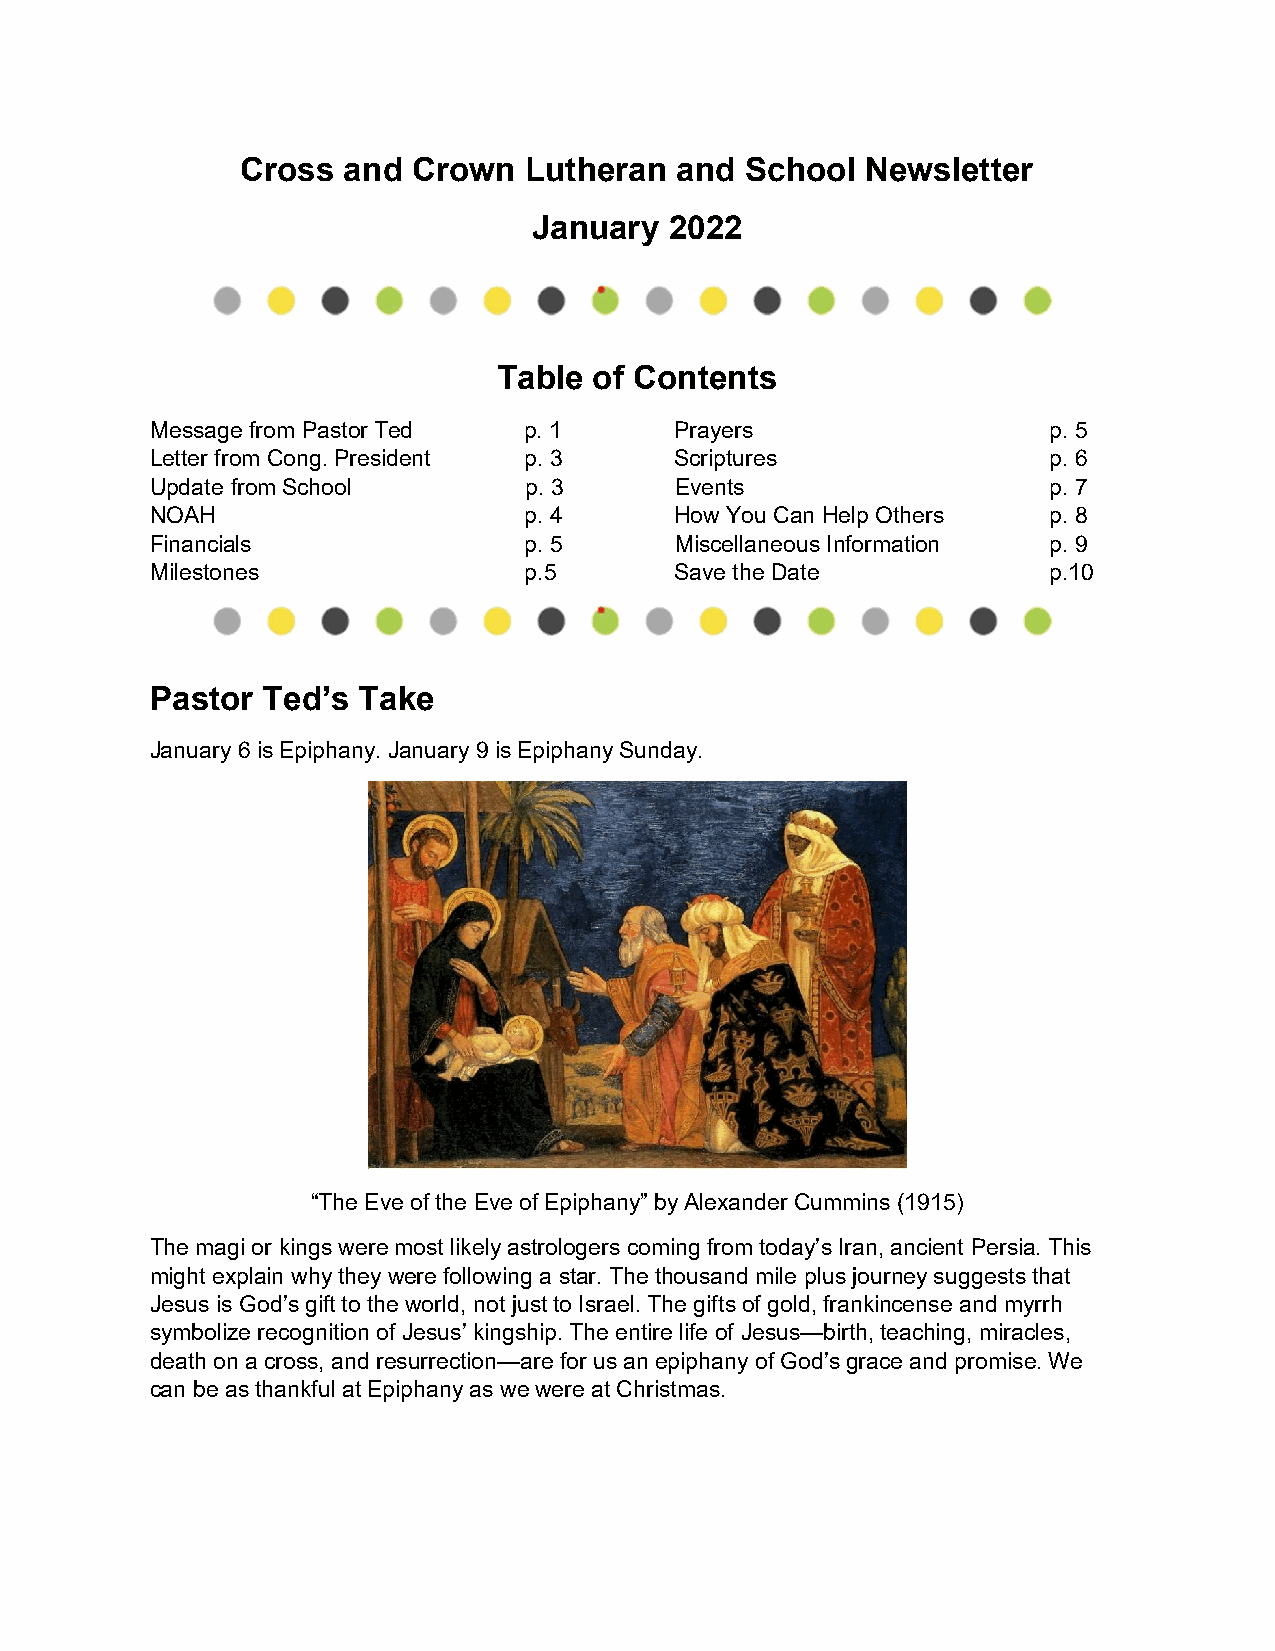
Cross  and Crown   Lutheran  and School  Newsletter
 January  2022
 Table of Contents
 Message from Pastor Ted  p. 1      Prayers                 p. 5
 Letter from Cong. President p. 3   Scriptures              p. 6
 Update from School       p. 3      Events                  p. 7
 NOAH                     p. 4      How You Can Help Others p. 8
 Financials               p. 5      Miscellaneous Information p. 9
 Milestones               p.5       Save the Date           p.10
 Pastor Ted’s  Take
 January 6 is Epiphany. January 9 is Epiphany Sunday.
 “The Eve of the Eve of Epiphany” by Alexander Cummins (1915)
 The magi or kings were most likely astrologers coming from today’s Iran, ancient Persia. This
 might explain why they were following a star. The thousand mile plus journey suggests that
 Jesus is God’s gift to the world, not just to Israel. The gifts of gold, frankincense and myrrh
 symbolize recognition of Jesus’ kingship. The entire life of Jesus—birth, teaching, miracles,
 death on a cross, and resurrection—are for us an epiphany of God’s grace and promise. We
 can be as thankful at Epiphany as we were at Christmas.